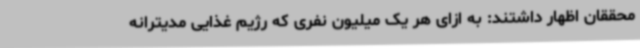
محققان اظهار داشتند: به ازای هر یک میلیون نفری که رژیم غذایی مدیترانه